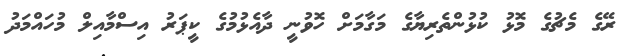
ރޭގެ މެޗުގެ މޮޅު ކުޅުންތެރިޔާގެ މަގާމަށް ހޮވުނީ ދާއެޅުމުގެ ކީޕަރު އިސްމާއިލް މުހައްމަދު